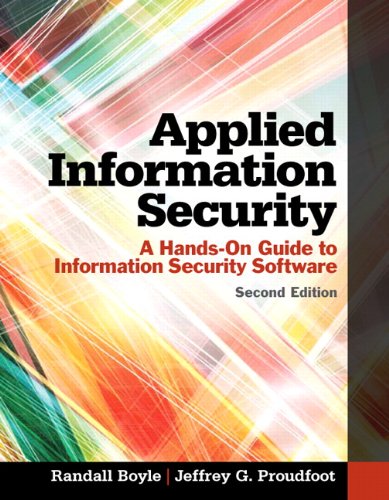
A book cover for Applied Information Security: A Hands-On Guide to Information Security Software (2nd Edition); Randall J. Boyle; Computers & Technology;